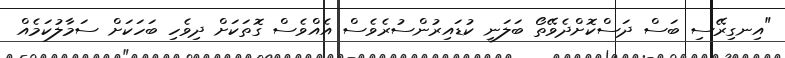
"އިނގިރޭސި ބަސް ދަސްކޮށްދެވޭތޯ ބަލަނީ ކުޑައިރުންސުރެވެސް އެއްވެސް ގޮތަކަށް ދިވެހި ބަހަކަށް ސަމާލުކަމެއް